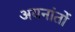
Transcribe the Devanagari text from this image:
अयनांतों